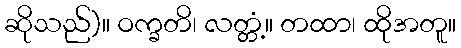
ဆိုသည်)။ ဝက္ခတိ၊ လတ္တံ့။ တထာ၊ ထိုအတူ။